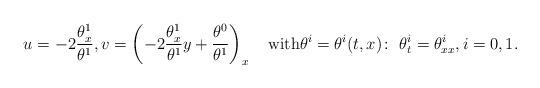
LaTeX: \begin{align*}u=-2\frac{\theta^1_x}{\theta^1}, v=\left(-2\frac{\theta^1_x}{\theta^1}y+\frac{\theta^0}{\theta^1}\right)_x\quad\mbox{with}\theta^i=\theta^i(t,x)\colon\ \theta^i_t=\theta^i_{xx},i=0,1.\end{align*}